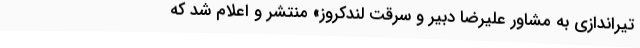
تیراندازی به مشاور علیرضا دبیر و سرقت لندکروز» منتشر و اعلام شد که